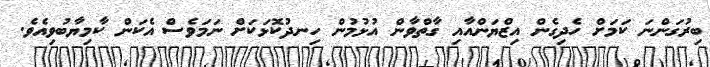
ބިރުގަންނަ ކަމަށް ހެދިގެން އިޒްޔަންއާއި ގާތްވާން އުޅުމުން ހިނދުކޮޅަކަށް ނަމަވެސް އެކަން ކާމިޔާބުވިއެވެ.